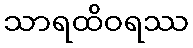
သာရထိဝရဿ